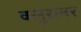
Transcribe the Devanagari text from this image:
क्लुसनर